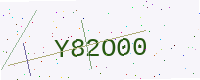
Text: Y82O00